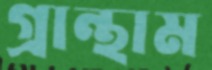
গ্রান্থাম